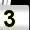
Digit: 3